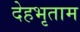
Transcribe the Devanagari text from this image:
देहभृताम